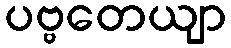
ပဗ္ဗတေယျာ